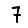
Digit: 7